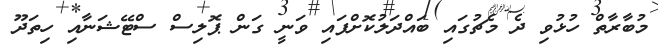
މުބާރާތް ހުޅުވި ދެ މެޗުގައި ބައްދަލުކޮށްފައި ވަނީ ގަން ޕޮލިސް ސްޓޭޝަނާއި ހިތަދޫ